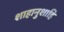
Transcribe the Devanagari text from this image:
शाहानुशाहि